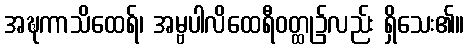
အဍ္ဎကာသိထေရ်၊ အမ္ဗပါလိထေရီဝတ္ထု၌လည်း ရှိသေး၏။